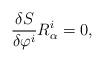
LaTeX: \begin{align*}{\delta{S}\over\delta\varphi^i}{R}^i_\alpha=0,\end{align*}